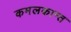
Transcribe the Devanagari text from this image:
कमलकान्‍त